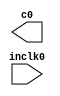
// megafunction wizard: %ALTPLL%VBB%
// GENERATION: STANDARD
// VERSION: WM1.0
// MODULE: altpll 

// ============================================================
// Megafunction Name(s):
// 			altpll
//
// Simulation Library Files(s):
// 			altera_mf
// ============================================================
// ************************************************************
// THIS IS A WIZARD-GENERATED FILE. DO NOT EDIT THIS FILE!
//
// 18.1.0 Build 625 09/12/2018 SJ Lite Edition
// ************************************************************

//Copyright (C) 2018  Intel Corporation. All rights reserved.
//Your use of Intel Corporation's design tools, logic functions 
//and other software and tools, and its AMPP partner logic 
//functions, and any output files from any of the foregoing 
//(including device programming or simulation files), and any 
//associated documentation or information are expressly subject 
//to the terms and conditions of the Intel Program License 
//Subscription Agreement, the Intel Quartus Prime License Agreement,
//the Intel FPGA IP License Agreement, or other applicable license
//agreement, including, without limitation, that your use is for
//the sole purpose of programming logic devices manufactured by
//Intel and sold by Intel or its authorized distributors.  Please
//refer to the applicable agreement for further details.

module pll_core (
	inclk0,
	c0);

	input	  inclk0;
	output	  c0;

endmodule

// ============================================================
// CNX file retrieval info
// ============================================================
// Retrieval info: PRIVATE: ACTIVECLK_CHECK STRING "0"
// Retrieval info: PRIVATE: BANDWIDTH STRING "1.000"
// Retrieval info: PRIVATE: BANDWIDTH_FEATURE_ENABLED STRING "1"
// Retrieval info: PRIVATE: BANDWIDTH_FREQ_UNIT STRING "MHz"
// Retrieval info: PRIVATE: BANDWIDTH_PRESET STRING "Low"
// Retrieval info: PRIVATE: BANDWIDTH_USE_AUTO STRING "1"
// Retrieval info: PRIVATE: BANDWIDTH_USE_PRESET STRING "0"
// Retrieval info: PRIVATE: CLKBAD_SWITCHOVER_CHECK STRING "0"
// Retrieval info: PRIVATE: CLKLOSS_CHECK STRING "0"
// Retrieval info: PRIVATE: CLKSWITCH_CHECK STRING "0"
// Retrieval info: PRIVATE: CNX_NO_COMPENSATE_RADIO STRING "0"
// Retrieval info: PRIVATE: CREATE_CLKBAD_CHECK STRING "0"
// Retrieval info: PRIVATE: CREATE_INCLK1_CHECK STRING "0"
// Retrieval info: PRIVATE: CUR_DEDICATED_CLK STRING "c0"
// Retrieval info: PRIVATE: CUR_FBIN_CLK STRING "c0"
// Retrieval info: PRIVATE: DEVICE_SPEED_GRADE STRING "Any"
// Retrieval info: PRIVATE: DIV_FACTOR0 NUMERIC "1"
// Retrieval info: PRIVATE: DUTY_CYCLE0 STRING "50.00000000"
// Retrieval info: PRIVATE: EFF_OUTPUT_FREQ_VALUE0 STRING "45.000000"
// Retrieval info: PRIVATE: EXPLICIT_SWITCHOVER_COUNTER STRING "0"
// Retrieval info: PRIVATE: EXT_FEEDBACK_RADIO STRING "0"
// Retrieval info: PRIVATE: GLOCKED_COUNTER_EDIT_CHANGED STRING "1"
// Retrieval info: PRIVATE: GLOCKED_FEATURE_ENABLED STRING "0"
// Retrieval info: PRIVATE: GLOCKED_MODE_CHECK STRING "0"
// Retrieval info: PRIVATE: GLOCK_COUNTER_EDIT NUMERIC "1048575"
// Retrieval info: PRIVATE: HAS_MANUAL_SWITCHOVER STRING "1"
// Retrieval info: PRIVATE: INCLK0_FREQ_EDIT STRING "50.000"
// Retrieval info: PRIVATE: INCLK0_FREQ_UNIT_COMBO STRING "MHz"
// Retrieval info: PRIVATE: INCLK1_FREQ_EDIT STRING "100.000"
// Retrieval info: PRIVATE: INCLK1_FREQ_EDIT_CHANGED STRING "1"
// Retrieval info: PRIVATE: INCLK1_FREQ_UNIT_CHANGED STRING "1"
// Retrieval info: PRIVATE: INCLK1_FREQ_UNIT_COMBO STRING "MHz"
// Retrieval info: PRIVATE: INTENDED_DEVICE_FAMILY STRING "MAX 10"
// Retrieval info: PRIVATE: INT_FEEDBACK__MODE_RADIO STRING "1"
// Retrieval info: PRIVATE: LOCKED_OUTPUT_CHECK STRING "0"
// Retrieval info: PRIVATE: LONG_SCAN_RADIO STRING "1"
// Retrieval info: PRIVATE: LVDS_MODE_DATA_RATE STRING "Not Available"
// Retrieval info: PRIVATE: LVDS_MODE_DATA_RATE_DIRTY NUMERIC "0"
// Retrieval info: PRIVATE: LVDS_PHASE_SHIFT_UNIT0 STRING "deg"
// Retrieval info: PRIVATE: MIG_DEVICE_SPEED_GRADE STRING "Any"
// Retrieval info: PRIVATE: MIRROR_CLK0 STRING "0"
// Retrieval info: PRIVATE: MULT_FACTOR0 NUMERIC "1"
// Retrieval info: PRIVATE: NORMAL_MODE_RADIO STRING "1"
// Retrieval info: PRIVATE: OUTPUT_FREQ0 STRING "45.00000000"
// Retrieval info: PRIVATE: OUTPUT_FREQ_MODE0 STRING "1"
// Retrieval info: PRIVATE: OUTPUT_FREQ_UNIT0 STRING "MHz"
// Retrieval info: PRIVATE: PHASE_RECONFIG_FEATURE_ENABLED STRING "1"
// Retrieval info: PRIVATE: PHASE_RECONFIG_INPUTS_CHECK STRING "0"
// Retrieval info: PRIVATE: PHASE_SHIFT0 STRING "0.00000000"
// Retrieval info: PRIVATE: PHASE_SHIFT_STEP_ENABLED_CHECK STRING "0"
// Retrieval info: PRIVATE: PHASE_SHIFT_UNIT0 STRING "deg"
// Retrieval info: PRIVATE: PLL_ADVANCED_PARAM_CHECK STRING "0"
// Retrieval info: PRIVATE: PLL_ARESET_CHECK STRING "0"
// Retrieval info: PRIVATE: PLL_AUTOPLL_CHECK NUMERIC "1"
// Retrieval info: PRIVATE: PLL_ENHPLL_CHECK NUMERIC "0"
// Retrieval info: PRIVATE: PLL_FASTPLL_CHECK NUMERIC "0"
// Retrieval info: PRIVATE: PLL_FBMIMIC_CHECK STRING "0"
// Retrieval info: PRIVATE: PLL_LVDS_PLL_CHECK NUMERIC "0"
// Retrieval info: PRIVATE: PLL_PFDENA_CHECK STRING "0"
// Retrieval info: PRIVATE: PLL_TARGET_HARCOPY_CHECK NUMERIC "0"
// Retrieval info: PRIVATE: PRIMARY_CLK_COMBO STRING "inclk0"
// Retrieval info: PRIVATE: RECONFIG_FILE STRING "pll_core.mif"
// Retrieval info: PRIVATE: SACN_INPUTS_CHECK STRING "0"
// Retrieval info: PRIVATE: SCAN_FEATURE_ENABLED STRING "1"
// Retrieval info: PRIVATE: SELF_RESET_LOCK_LOSS STRING "0"
// Retrieval info: PRIVATE: SHORT_SCAN_RADIO STRING "0"
// Retrieval info: PRIVATE: SPREAD_FEATURE_ENABLED STRING "0"
// Retrieval info: PRIVATE: SPREAD_FREQ STRING "50.000"
// Retrieval info: PRIVATE: SPREAD_FREQ_UNIT STRING "KHz"
// Retrieval info: PRIVATE: SPREAD_PERCENT STRING "0.500"
// Retrieval info: PRIVATE: SPREAD_USE STRING "0"
// Retrieval info: PRIVATE: SRC_SYNCH_COMP_RADIO STRING "0"
// Retrieval info: PRIVATE: STICKY_CLK0 STRING "1"
// Retrieval info: PRIVATE: STICKY_CLK1 STRING "0"
// Retrieval info: PRIVATE: STICKY_CLK2 STRING "0"
// Retrieval info: PRIVATE: STICKY_CLK3 STRING "0"
// Retrieval info: PRIVATE: STICKY_CLK4 STRING "0"
// Retrieval info: PRIVATE: SWITCHOVER_COUNT_EDIT NUMERIC "1"
// Retrieval info: PRIVATE: SWITCHOVER_FEATURE_ENABLED STRING "1"
// Retrieval info: PRIVATE: SYNTH_WRAPPER_GEN_POSTFIX STRING "0"
// Retrieval info: PRIVATE: USE_CLK0 STRING "1"
// Retrieval info: PRIVATE: USE_CLKENA0 STRING "0"
// Retrieval info: PRIVATE: USE_MIL_SPEED_GRADE NUMERIC "0"
// Retrieval info: PRIVATE: ZERO_DELAY_RADIO STRING "0"
// Retrieval info: LIBRARY: altera_mf altera_mf.altera_mf_components.all
// Retrieval info: CONSTANT: BANDWIDTH_TYPE STRING "AUTO"
// Retrieval info: CONSTANT: CLK0_DIVIDE_BY NUMERIC "10"
// Retrieval info: CONSTANT: CLK0_DUTY_CYCLE NUMERIC "50"
// Retrieval info: CONSTANT: CLK0_MULTIPLY_BY NUMERIC "9"
// Retrieval info: CONSTANT: CLK0_PHASE_SHIFT STRING "0"
// Retrieval info: CONSTANT: COMPENSATE_CLOCK STRING "CLK0"
// Retrieval info: CONSTANT: INCLK0_INPUT_FREQUENCY NUMERIC "20000"
// Retrieval info: CONSTANT: INTENDED_DEVICE_FAMILY STRING "MAX 10"
// Retrieval info: CONSTANT: LPM_TYPE STRING "altpll"
// Retrieval info: CONSTANT: OPERATION_MODE STRING "NORMAL"
// Retrieval info: CONSTANT: PLL_TYPE STRING "AUTO"
// Retrieval info: CONSTANT: PORT_ACTIVECLOCK STRING "PORT_UNUSED"
// Retrieval info: CONSTANT: PORT_ARESET STRING "PORT_UNUSED"
// Retrieval info: CONSTANT: PORT_CLKBAD0 STRING "PORT_UNUSED"
// Retrieval info: CONSTANT: PORT_CLKBAD1 STRING "PORT_UNUSED"
// Retrieval info: CONSTANT: PORT_CLKLOSS STRING "PORT_UNUSED"
// Retrieval info: CONSTANT: PORT_CLKSWITCH STRING "PORT_UNUSED"
// Retrieval info: CONSTANT: PORT_CONFIGUPDATE STRING "PORT_UNUSED"
// Retrieval info: CONSTANT: PORT_FBIN STRING "PORT_UNUSED"
// Retrieval info: CONSTANT: PORT_INCLK0 STRING "PORT_USED"
// Retrieval info: CONSTANT: PORT_INCLK1 STRING "PORT_UNUSED"
// Retrieval info: CONSTANT: PORT_LOCKED STRING "PORT_UNUSED"
// Retrieval info: CONSTANT: PORT_PFDENA STRING "PORT_UNUSED"
// Retrieval info: CONSTANT: PORT_PHASECOUNTERSELECT STRING "PORT_UNUSED"
// Retrieval info: CONSTANT: PORT_PHASEDONE STRING "PORT_UNUSED"
// Retrieval info: CONSTANT: PORT_PHASESTEP STRING "PORT_UNUSED"
// Retrieval info: CONSTANT: PORT_PHASEUPDOWN STRING "PORT_UNUSED"
// Retrieval info: CONSTANT: PORT_PLLENA STRING "PORT_UNUSED"
// Retrieval info: CONSTANT: PORT_SCANACLR STRING "PORT_UNUSED"
// Retrieval info: CONSTANT: PORT_SCANCLK STRING "PORT_UNUSED"
// Retrieval info: CONSTANT: PORT_SCANCLKENA STRING "PORT_UNUSED"
// Retrieval info: CONSTANT: PORT_SCANDATA STRING "PORT_UNUSED"
// Retrieval info: CONSTANT: PORT_SCANDATAOUT STRING "PORT_UNUSED"
// Retrieval info: CONSTANT: PORT_SCANDONE STRING "PORT_UNUSED"
// Retrieval info: CONSTANT: PORT_SCANREAD STRING "PORT_UNUSED"
// Retrieval info: CONSTANT: PORT_SCANWRITE STRING "PORT_UNUSED"
// Retrieval info: CONSTANT: PORT_clk0 STRING "PORT_USED"
// Retrieval info: CONSTANT: PORT_clk1 STRING "PORT_UNUSED"
// Retrieval info: CONSTANT: PORT_clk2 STRING "PORT_UNUSED"
// Retrieval info: CONSTANT: PORT_clk3 STRING "PORT_UNUSED"
// Retrieval info: CONSTANT: PORT_clk4 STRING "PORT_UNUSED"
// Retrieval info: CONSTANT: PORT_clk5 STRING "PORT_UNUSED"
// Retrieval info: CONSTANT: PORT_clkena0 STRING "PORT_UNUSED"
// Retrieval info: CONSTANT: PORT_clkena1 STRING "PORT_UNUSED"
// Retrieval info: CONSTANT: PORT_clkena2 STRING "PORT_UNUSED"
// Retrieval info: CONSTANT: PORT_clkena3 STRING "PORT_UNUSED"
// Retrieval info: CONSTANT: PORT_clkena4 STRING "PORT_UNUSED"
// Retrieval info: CONSTANT: PORT_clkena5 STRING "PORT_UNUSED"
// Retrieval info: CONSTANT: PORT_extclk0 STRING "PORT_UNUSED"
// Retrieval info: CONSTANT: PORT_extclk1 STRING "PORT_UNUSED"
// Retrieval info: CONSTANT: PORT_extclk2 STRING "PORT_UNUSED"
// Retrieval info: CONSTANT: PORT_extclk3 STRING "PORT_UNUSED"
// Retrieval info: CONSTANT: WIDTH_CLOCK NUMERIC "5"
// Retrieval info: USED_PORT: @clk 0 0 5 0 OUTPUT_CLK_EXT VCC "@clk[4..0]"
// Retrieval info: USED_PORT: c0 0 0 0 0 OUTPUT_CLK_EXT VCC "c0"
// Retrieval info: USED_PORT: inclk0 0 0 0 0 INPUT_CLK_EXT GND "inclk0"
// Retrieval info: CONNECT: @inclk 0 0 1 1 GND 0 0 0 0
// Retrieval info: CONNECT: @inclk 0 0 1 0 inclk0 0 0 0 0
// Retrieval info: CONNECT: c0 0 0 0 0 @clk 0 0 1 0
// Retrieval info: GEN_FILE: TYPE_NORMAL pll_core.v TRUE
// Retrieval info: GEN_FILE: TYPE_NORMAL pll_core.ppf TRUE
// Retrieval info: GEN_FILE: TYPE_NORMAL pll_core.inc FALSE
// Retrieval info: GEN_FILE: TYPE_NORMAL pll_core.cmp FALSE
// Retrieval info: GEN_FILE: TYPE_NORMAL pll_core.bsf FALSE
// Retrieval info: GEN_FILE: TYPE_NORMAL pll_core_inst.v FALSE
// Retrieval info: GEN_FILE: TYPE_NORMAL pll_core_bb.v TRUE
// Retrieval info: LIB_FILE: altera_mf
// Retrieval info: CBX_MODULE_PREFIX: ON